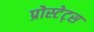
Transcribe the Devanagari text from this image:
प्रोस्टेट्स